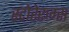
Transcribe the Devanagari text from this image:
स्टोरेरूम्स